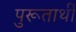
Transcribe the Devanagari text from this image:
पुरूतार्थी